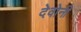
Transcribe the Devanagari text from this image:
देवोनी